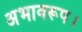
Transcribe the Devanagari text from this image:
अभावरूप।